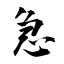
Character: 急